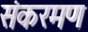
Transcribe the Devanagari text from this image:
संकरमण